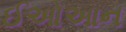
ઈઓઆન